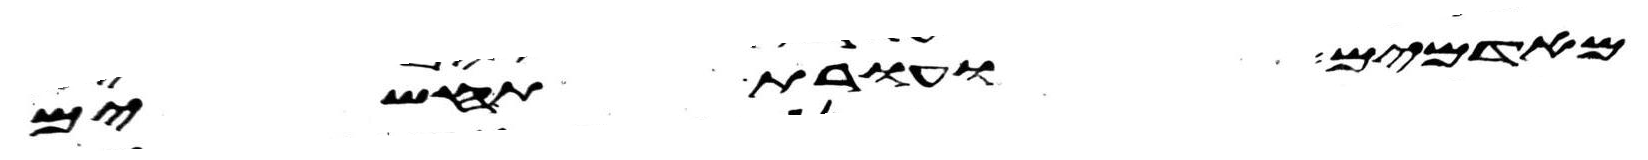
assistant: מאדמים ועורת תחשים